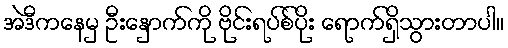
အဲဒီကနေမှ ဦးနှောက်ကို ဗိုင်းရပ်စ်ပိုး ရောက်ရှိသွားတာပါ။